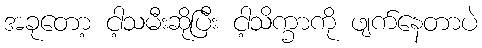
အခုတော့ ငါ့သမီးဆိုပြီး ငါ့သိက္ခာကို ဖျက်နေတာပဲ